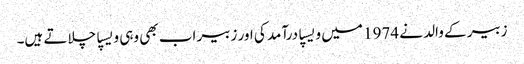
زبیر کے والد نے 1974 میں ویسپا درآمد کی اور زبیر اب بھی وہی ویسپا چلاتے ہیں۔